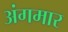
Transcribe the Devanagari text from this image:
अंगमार